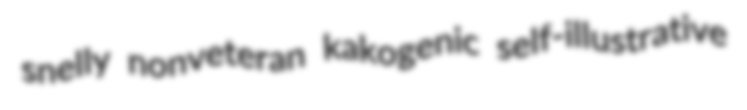
snelly nonveteran kakogenic self-illustrative